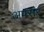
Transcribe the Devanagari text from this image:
अफ्सर्